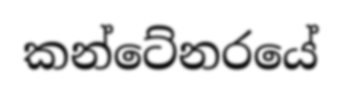
කන්ටේනරයේ